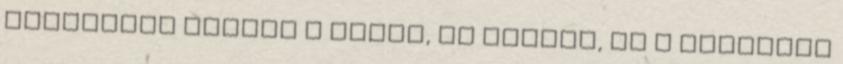
rövidítek kicsit a pólón, az ujjain, és a nadrágon